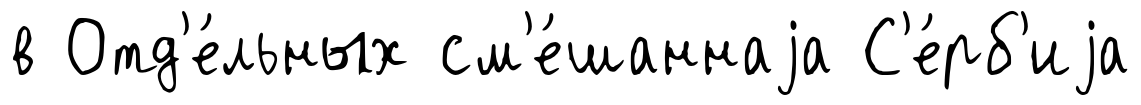
в Отд'е́льных см'е́шаннаjа С'е́рб'иjа